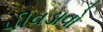
પીવડાવો